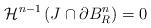
LaTeX: \begin{align*} \mathcal{H}^{n-1}\left( J \cap \partial B_R^n \right) = 0\end{align*}